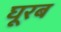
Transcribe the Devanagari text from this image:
घूरब